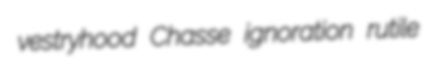
vestryhood Chasse ignoration rutile